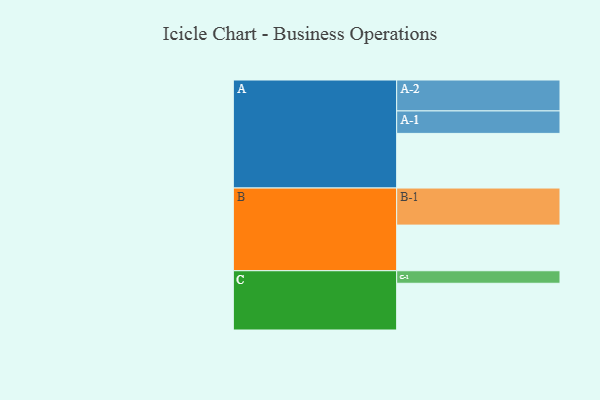
{"axis": {"x": "Segment", "y": "Value"}, "legend": ["", "A", "B", "C"], "data": [{"x": "A", "y": 401, "type": ""}, {"x": "B", "y": 335, "type": ""}, {"x": "C", "y": 343, "type": ""}, {"x": "A-1", "y": 165, "type": "A"}, {"x": "A-2", "y": 227, "type": "A"}, {"x": "B-1", "y": 272, "type": "B"}, {"x": "C-1", "y": 92, "type": "C"}]}